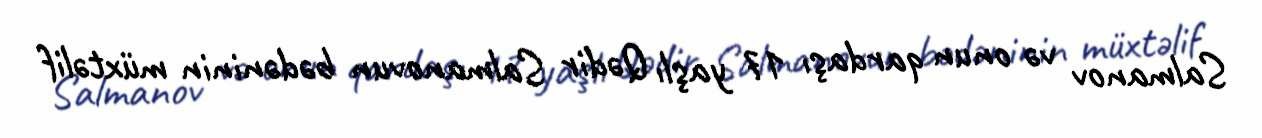
Salmanov və onun qardaşı 17 yaşlı Qədir Salmanovun bədəninin müxtəlif